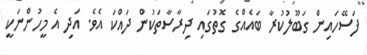
ފަސޭހައިން ގަބޫލުކުރާ ބައެއްގެ ގޮތުގައި ދިރާސާތަކުން ދައްކަ އެވެ. އަދި އެ މީހުންނަކީ